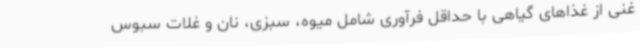
غنی از غذاهای گیاهی با حداقل فرآوری شامل میوه، سبزی، نان و غلات سبوس